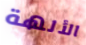
الألهة